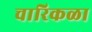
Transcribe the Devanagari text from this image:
चारिकळा